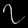
Digit: ၇